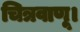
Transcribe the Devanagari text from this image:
चित्रवाणू।